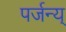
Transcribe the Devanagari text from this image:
पर्जन्य्